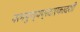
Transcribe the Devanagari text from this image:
परमपुण्यप्रदाएकादशी